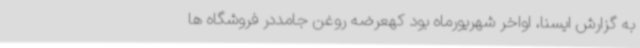
به گزارش ایسنا، اواخر شهریورماه بود کهعرضه روغن جامددر فروشگاه ها